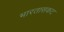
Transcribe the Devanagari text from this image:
भारतासकट